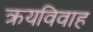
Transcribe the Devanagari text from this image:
क्रयविवाह